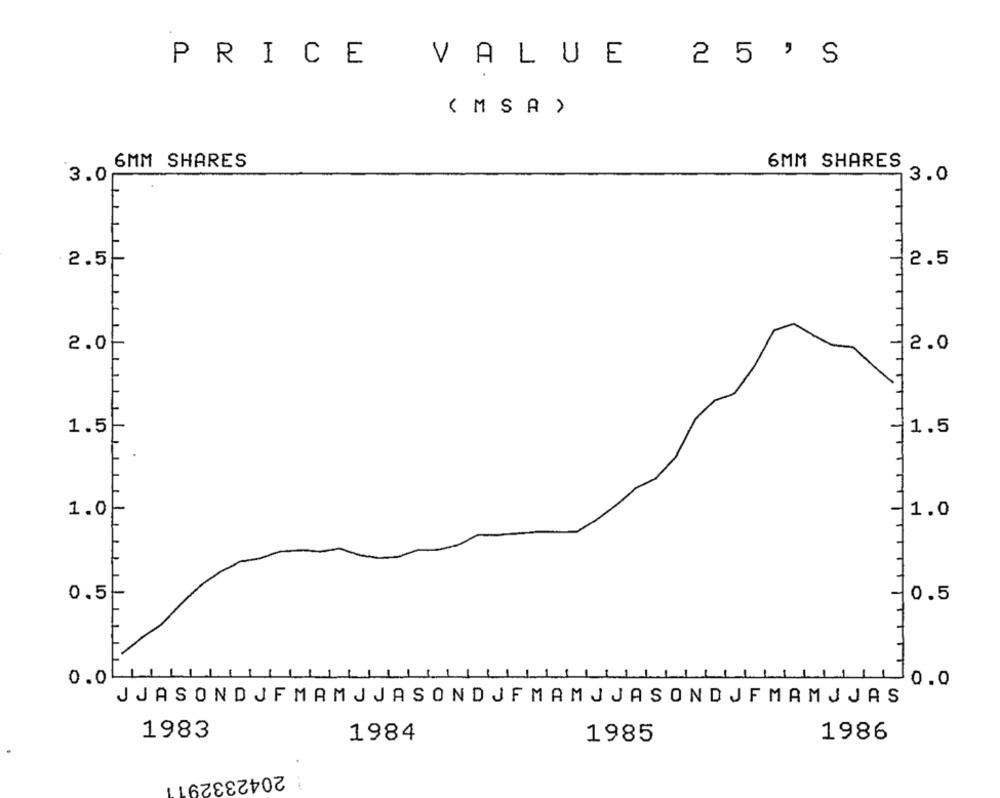
PRICE
£
2 5 'S
VALUE
( MS A )
6MM SHARES
6MM SHARES
3.0
3.0
2.5
2.5
2.0
2.0
1.5
1.5
1.0
1.0
0.5
0.5
0.0L
0.0
JJASONDJFMAMJJASONDJFMAMJJASONDJFMAMJJAS
1983
1984
1985
1986
: 2042332911